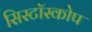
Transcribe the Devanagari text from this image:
सिस्टॉस्कोप